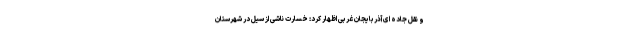
و نقل جاده ای آذربایجان غربی اظهار کرد: خسارت ناشی از سیل در شهرستان